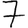
Digit: 7